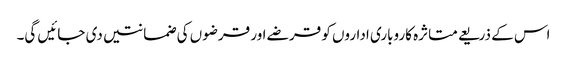
اس کے ذریعے متاثرہ کاروباری اداروں کو قرضے اور قرضوں کی ضمانتیں دی جائیں گی۔